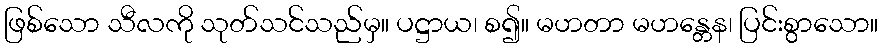
ဖြစ်သော သီလကို သုတ်သင်သည်မှ။ ပဋ္ဌာယ၊ စ၍။ မဟတာ မဟန္တေန၊ ပြင်းစွာသော။